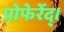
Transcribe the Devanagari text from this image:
प्रोफेर्रेद्।